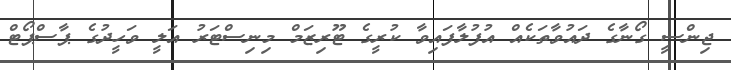
ޖިންސީ ގޯނާގެ ދައުވާތަކެއް އުފުލާފައިވާ ކުރީގެ ޓޫރިޒަމް މިނިސްޓަރު އަލީ ވަހީދުގެ ޕާސްޕޯޓް